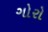
ગોરો